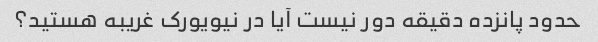
حدود پانزده دقیقه دور نیست آیا در نیویورک غریبه هستید؟